Vaccination in the Punjab 1867-1880 - 1867-1880
Year: 1867
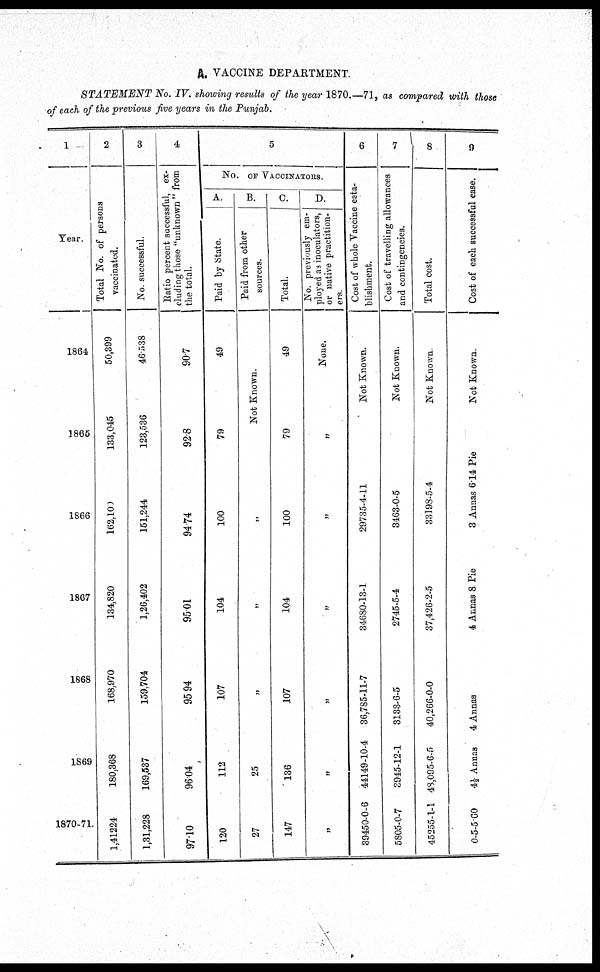
A. VACCINE DEPARTMENT.
STATEMENT
No. IV. showing results of the year 1870.—71, as compared with those
of each of the previous five years in the Punjab.
1
Year.
1864
1865
1866
1867
1868
1869
1870-71
2
Total No. of persons
vaccinated.
50,399
133,045
162,100
134,820
168,970
180,368
1,41224
3
No. successful.
46,538
123,536
151,244
1,26,402
159,704
169,537
1,31,228
4
Ratio percent successful, ex-
cluding those "unknown" from
the total.
90.7
92.8
94.74
95.01
95.94
96.04
97.10
5
NO. OF VACCINATORS.
A.
Paid by State.
49
79
100
104
107
112
120
B.
Paid from other
sources.
Not Known.
„
„
„
25
27
C.
Total.
49
79
100
104
107
136
147
D.
No. previously em-
ployed as inoculators,
or native practition-
ers.
None.
„
„
„
„
„
„
6
Cost of whole Vaccine esta-
blishment.
Not Known.
29735-4-11
34680-13-1
36,785-11-7
44149-10-4
39450-0-6
7
Cost of travelling allowances
and contingencies.
Not Known.
3463-0-5
2745-5-4
3133-6-5
3945-12-1
5805-0-7
8
Total cost.
Not Known.
33198-5-4
37,426-2-5
40,266-0-0
48,095-6-5
45255-1-1
9
Cost of each successful case.
Not Known.
3 Annas 6.14 Pie
4 Annas 8 Pie
4 Annas
4½ Annas
0-5-5 00